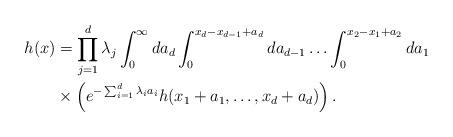
LaTeX: \begin{align*} h(x) & = \prod_{j=1}^d \lambda _j \int_0^\infty da_d \int_0^{x_d-x_{d-1}+a_d} da_{d-1} \ldots \int_0^{x_{2}-x_1+a_{2}}da_1 \\ & \times \left( e^{-\sum_{i=1}^d \lambda_i a_i} h(x_1+a_1,\ldots, x_d+a_d) \right).\end{align*}